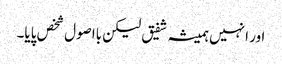
اور انہیں ہمیشہ شفیق لیکن بااصول شخص پایا۔